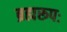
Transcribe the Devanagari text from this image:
ब्रह्मरूपः